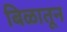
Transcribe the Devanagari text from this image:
बिळातून